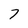
Character: 7